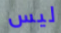
ليس